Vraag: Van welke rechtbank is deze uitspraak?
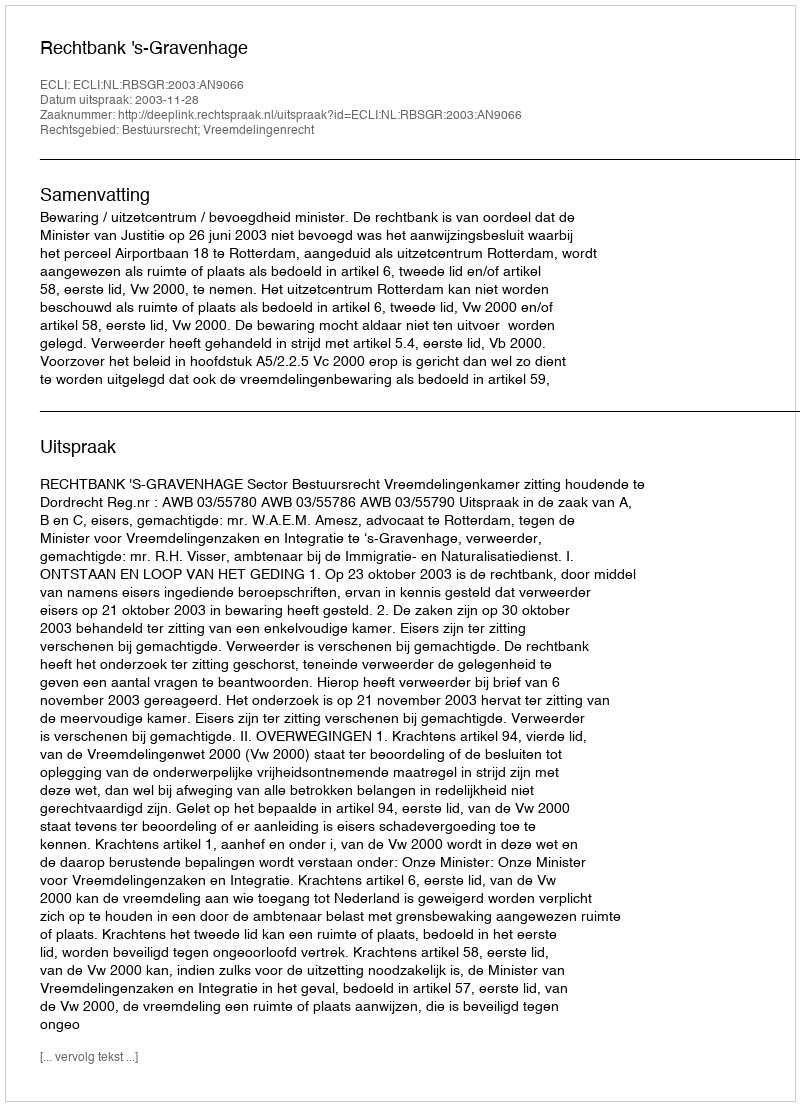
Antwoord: Rechtbank 's-Gravenhage